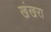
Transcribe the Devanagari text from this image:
खंखरा